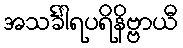
အသင်္ခါရပရိနိဗ္ဗာယီ